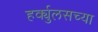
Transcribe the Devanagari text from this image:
हर्क्युलसच्या